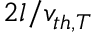
2 l / v _ { t h , T }